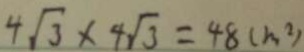
4 \sqrt { 3 } \times 4 \sqrt { 3 } = 4 8 ( m ^ { 2 } )